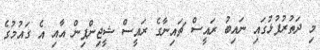
މި ދަތުރުފުޅުގައި ނައިބު ރައީސް ޗައިނާގެ ރައީސް ޝީޖިންޕިން އާއި އެ ގައުމުގެ